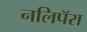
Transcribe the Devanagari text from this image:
नलिपॅरा